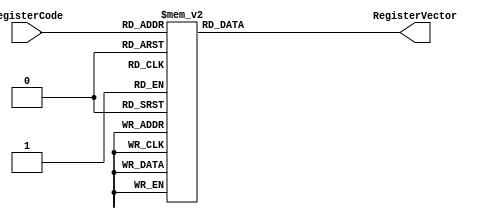
//-----------------------------------------------------------------------------

module lane_vectorial_control(RegisterCode, RegisterVector);
    input [4:0] RegisterCode;
    output [3:0] RegisterVector; //Contiene el numero de registro vectorial al que accede
    reg    [3:0] RegisterVector; //Guarda el registro vectorial


    always @(RegisterCode)
    begin 
        case (RegisterCode) 
            5'b10000 : RegisterVector = 4'b0000; //Registro #16 = Registro Vectorial 0
            5'b10001 : RegisterVector = 4'b0001; //Registro #17 = Registro Vectorial 1
				5'b10010 : RegisterVector = 4'b0010; //Registro #18 = Registro Vectorial 2
				5'b10011 : RegisterVector = 4'b0011; //Registro #19 = Registro Vectorial 3
				5'b10100 : RegisterVector = 4'b0100; //Registro #20 = Registro Vectorial 4
				5'b10101 : RegisterVector = 4'b0101; //Registro #21 = Registro Vectorial 5
				5'b10110 : RegisterVector = 4'b0110; //Registro #22 = Registro Vectorial 6
				5'b10111 : RegisterVector = 4'b0111; //Registro #23 = Registro Vectorial 7
				5'b11000 : RegisterVector = 4'b1000; //Registro #24 = Registro Vectorial 8
				5'b11001 : RegisterVector = 4'b1001; //Registro #25 = Registro Vectorial 9
				5'b11010 : RegisterVector = 4'b1010; //Registro #26 = Registro Vectorial 10
				5'b11011 : RegisterVector = 4'b1011; //Registro #27 = Registro Vectorial 11
				5'b11100 : RegisterVector = 4'b1100; //Registro #28 = Registro Vectorial 12
				5'b11101 : RegisterVector = 4'b1101; //Registro #29 = Registro Vectorial 13
				5'b11110 : RegisterVector = 4'b1110; //Registro #30 = Registro Vectorial 14
				5'b11111 : RegisterVector = 4'b1111; //Registro #31 = Registro Vectorial 15
          
            default RegisterVector = 4'bxxxx;
        endcase
    end
endmodule